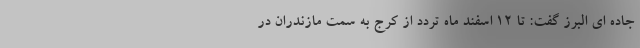
جاده ای البرز گفت: تا ۱۲ اسفند ماه تردد از کرج به سمت مازندران در